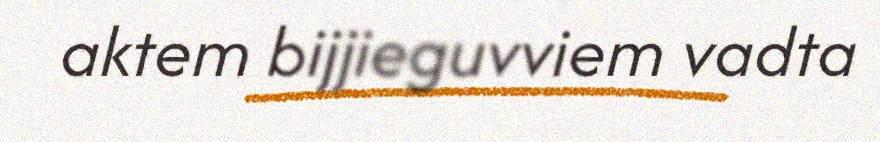
aktem bijjieguvviem vadta